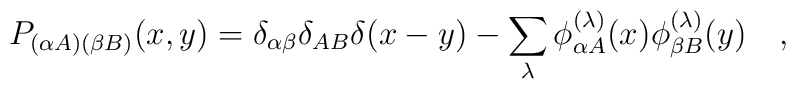
P_{(\alpha A)(\beta B)}(x,y)=\delta_{\alpha\beta}\delta_{AB}\delta(x-y)- \sum_\lambda \phi^{(\lambda)}_{\alpha A}(x)\phi^{(\lambda)}_{\beta B}(y)  \quad,